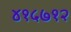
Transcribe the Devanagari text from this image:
४१५७१२